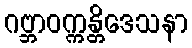
ဂဗ္ဘာဝက္ကန္တိဒေသနာ